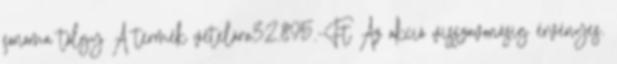
sonoma tölgy A termék vételára32.895.-Ft Az akció visszavonásig érvényes.